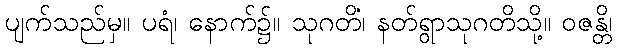
ပျက်သည်မှ။ ပရံ၊ နောက်၌။ သုဂတိံ၊ နတ်ရွာသုဂတိသို့။ ဝဇန္တိ၊